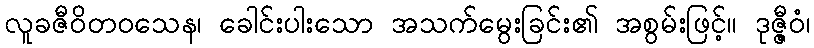
လူခဇီဝိတဝသေန၊ ခေါင်းပါးသော အသက်မွေးခြင်း၏ အစွမ်းဖြင့်။ ဒုဇ္ဇီဝံ၊